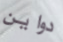
دواين